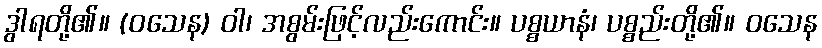
ဒွါရတို့၏။ (ဝသေန) ဝါ၊ အစွမ်းဖြင့်လည်းကောင်း။ ပစ္စယာနံ၊ ပစ္စည်းတို့၏။ ဝသေန